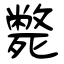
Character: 斃